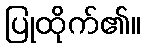
ပြုထိုက်၏။